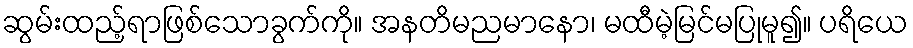
ဆွမ်းထည့်ရာဖြစ်သောခွက်ကို။ အနတိမညမာနော၊ မထီမဲ့မြင်မပြုမူ၍။ ပရိယေ